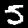
Label: 5